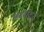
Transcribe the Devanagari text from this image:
लदवाकर